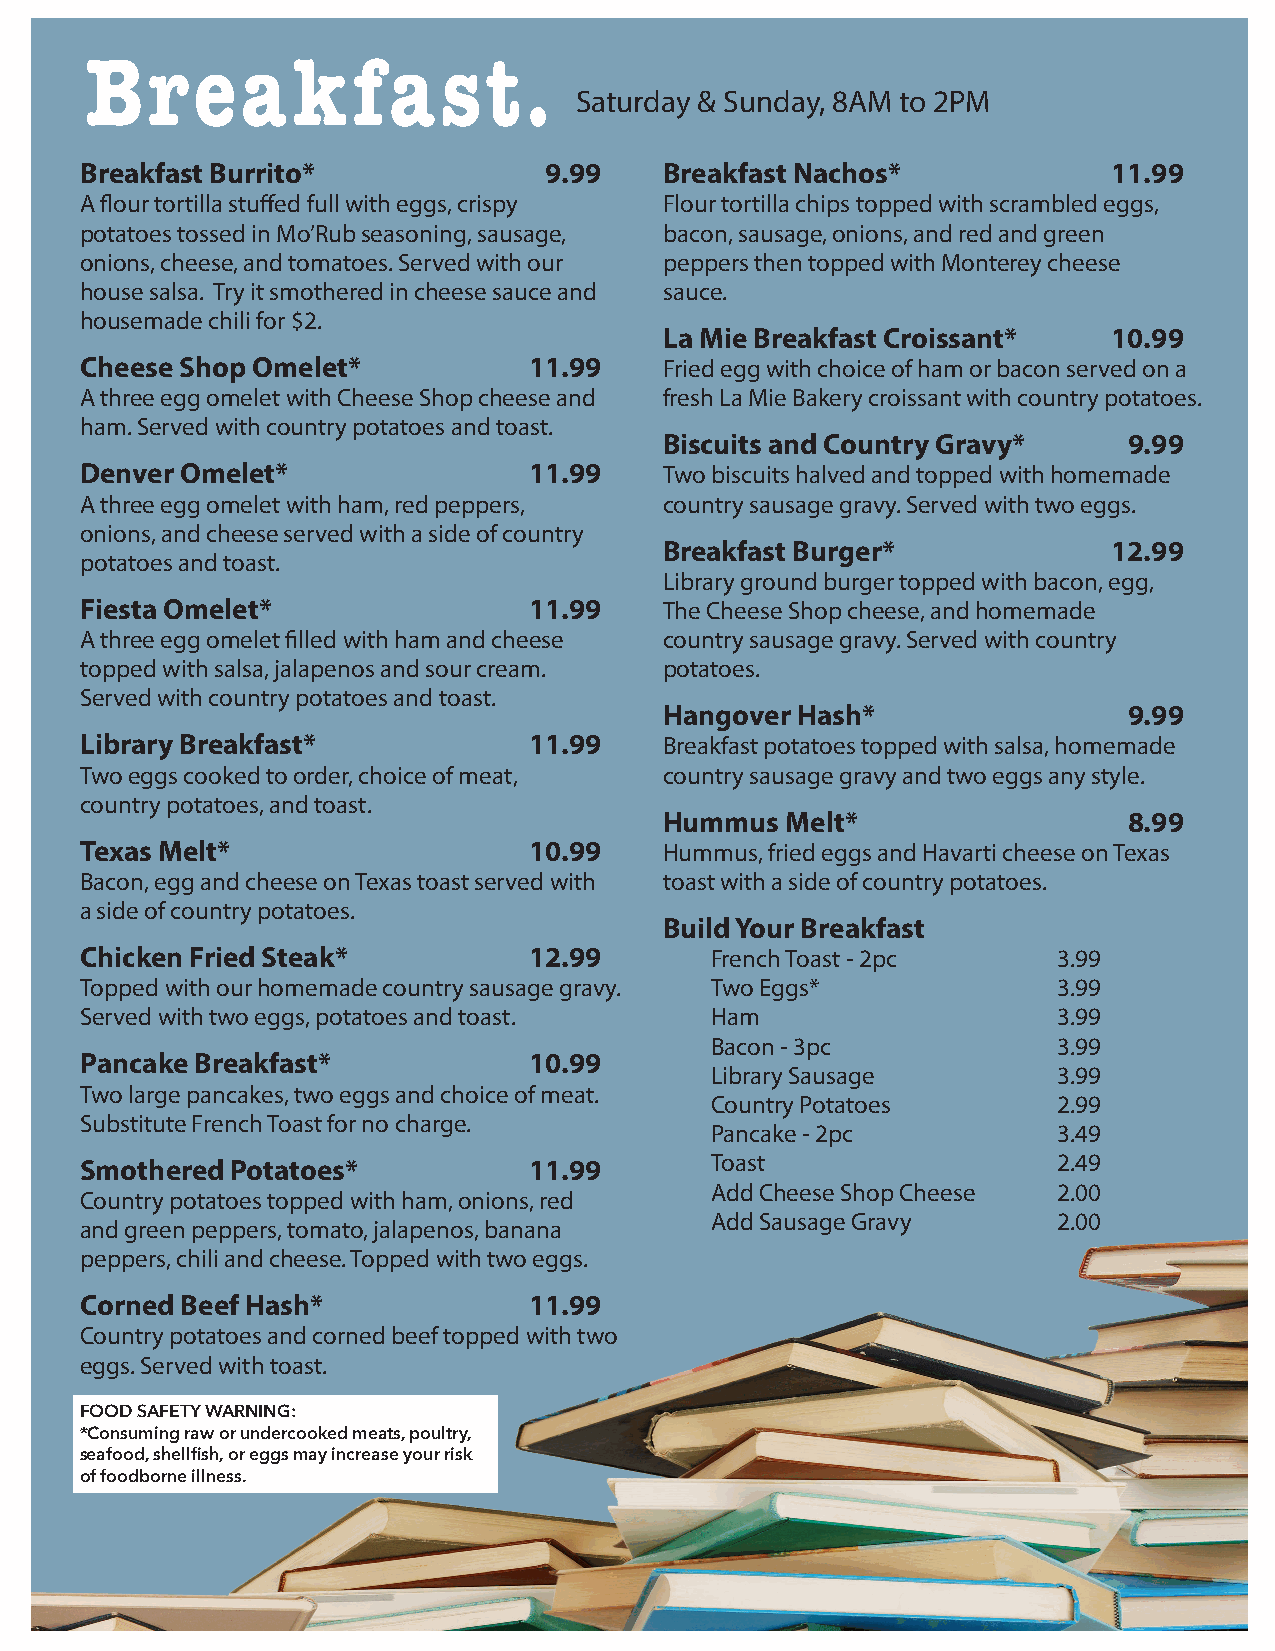
Brea         k   fa    st.
 Saturday & Sunday, 8AM to 2PM
 Breakfast Burrito*             9.99    Breakfast Nachos*             11.99
 A flour tortilla stuffed full with eggs, crispy Flour tortilla chips topped with scrambled eggs,
 potatoes tossed in Mo’Rub seasoning, sausage, bacon, sausage, onions, and red and green
 onions, cheese, and tomatoes. Served with our peppers then topped with Monterey cheese
 house salsa. Try it smothered in cheese sauce and sauce.
 housemade chili for $2.
 La Mie Breakfast Croissant*   10.99
 Cheese Shop Omelet*           11.99    Fried egg with choice of ham or bacon served on a
 A three egg omelet with Cheese Shop cheese and fresh La Mie Bakery croissant with country potatoes.
 ham. Served with country potatoes and toast.
 Biscuits and Country Gravy*    9.99
 Denver Omelet*                11.99    Two biscuits halved and topped with homemade
 A three egg omelet with ham, red peppers, country sausage gravy. Served with two eggs.
 onions, and cheese served with a side of country
 Breakfast Burger*             12.99
 potatoes and toast.
 Library ground burger topped with bacon, egg,
 Fiesta Omelet*                11.99    The Cheese Shop cheese, and homemade
 A three egg omelet filled with ham and cheese country sausage gravy. Served with country
 topped with salsa, jalapenos and sour cream. potatoes.
 Served with country potatoes and toast.
 Hangover Hash*                 9.99
 Library Breakfast*            11.99    Breakfast potatoes topped with salsa, homemade
 Two eggs cooked to order, choice of meat, country sausage gravy and two eggs any style.
 country potatoes, and toast.
 Hummus  Melt*                  8.99
 Texas Melt*                   10.99    Hummus, fried eggs and Havarti cheese on Texas
 Bacon, egg and cheese on Texas toast served with toast with a side of country potatoes.
 a side of country potatoes.
 Build Your Breakfast
 Chicken Fried Steak*          12.99       French Toast - 2pc     3.99
 Topped with our homemade country sausage gravy. Two Eggs*        3.99
 Served with two eggs, potatoes and toast. Ham                    3.99
 Bacon - 3pc            3.99
 Pancake Breakfast*            10.99
 Library Sausage        3.99
 Two large pancakes, two eggs and choice of meat.
 Country Potatoes       2.99
 Substitute French Toast for no charge.
 Pancake - 2pc          3.49
 Smothered Potatoes*           11.99       Toast                  2.49
 Add Cheese Shop Cheese 2.00
 Country potatoes topped with ham, onions, red
 Add Sausage Gravy      2.00
 and green peppers, tomato, jalapenos, banana
 peppers, chili and cheese. Topped with two eggs.
 Corned Beef Hash*             11.99
 Country potatoes and corned beef topped with two
 eggs. Served with toast.
 FOOD SAFETY WARNING:
 *Consuming raw or undercooked meats, poultry,
 seafood, shellfish, or eggs may increase your risk
 of foodborne illness.